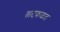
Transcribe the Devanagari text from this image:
ताटकळत